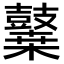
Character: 𪔬